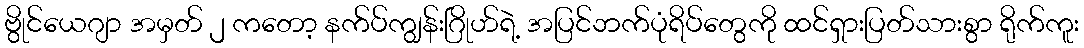
ဗွိုင်ယေဂျာ အမှတ် ၂ ကတော့ နက်ပ်ကျွန်းဂြိုဟ်ရဲ့ အပြင်ဘက်ပုံရိပ်တွေကို ထင်ရှားပြတ်သားစွာ ရိုက်ကူး